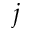
j